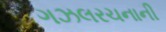
ગઝલરચનાની